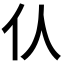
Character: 𠆧